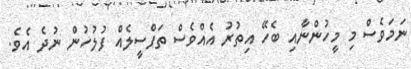
ނަމަވެސް މި މީހުންނާއި ބެހޭ އިތުރު އެއްވެސް ތަފްސީލެއް ފުލުހުން ނުދެ އެވެ.